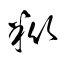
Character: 粃